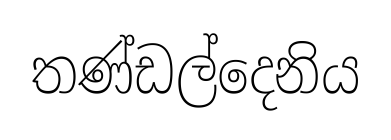
තණ්ඩල්දෙනිය